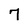
Character: 7